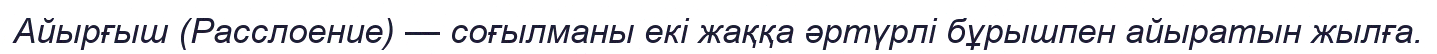
Айырғыш (Расслоение) — соғылманы екі жаққа әртүрлі бұрышпен айыратын жылға.